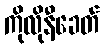
ကိုလိုနီခေတ်